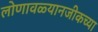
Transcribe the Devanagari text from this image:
लोणावळ्यानजीकच्या